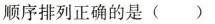
顺序排列正确的是( )